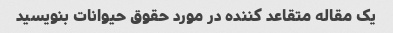
یک مقاله متقاعد کننده در مورد حقوق حیوانات بنویسید